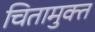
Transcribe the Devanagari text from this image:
चितामुक्त